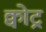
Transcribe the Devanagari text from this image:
क्वोट्र